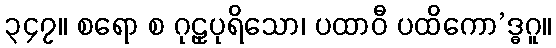
၃၄၇။ စရော စ ဂုဠှပုရိသော၊ ပထာဝီ ပထိကော’ဒ္ဓဂူ။